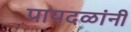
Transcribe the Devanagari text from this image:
पायदळांनी